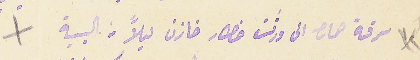
سرقة حماره الى ورثت خطار خازن ليلًا مى البية